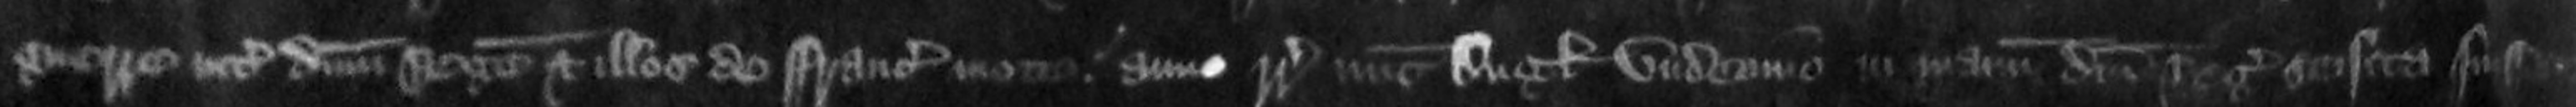
guerre inter dominum Regem et illos de Francie mote anno regni Regis nunc Anglie undecimo in manum domini Regis seisita fuisset